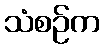
သံစဉ်က